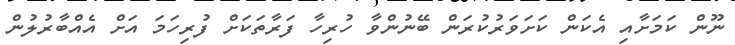
ނޫން ކަމަށާއި އެކަން ކަށަވަރުކުރަން ބޭނުންވާ ހުރިހާ ފަރާތަކަށް ފުރިހަމަ އަށް އެއްބާރުލުން